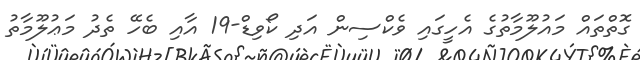
ގޮތްތައް މައުލޫމާތުގެ އެހީގައި ވެކްސިން އަދި ކޯވިޑް-19 އާއި ބެހޭ ތެދު މަޢުލޫމާތު